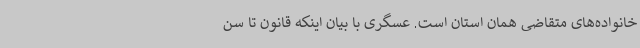
خانواده‌های متقاضی همان استان است. عسگری با بیان اینکه قانون تا سن